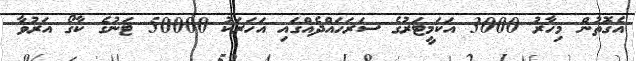
އެގޮތުން މިހާރު 3000 އަކަމީޓަރުގެ ސަރަހައްދެއްގައި އަހަރަކު 50000 ޓަނުގެ ކާގޯ އަރުވާ